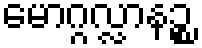
မောဂ္ဂလ္လာနဉ္စ